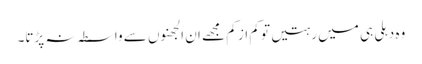
وہ دہلی ہی میں رہتیں تو کم از کم مجھے ان الجھنوں سے واسطہ نہ پڑتا۔